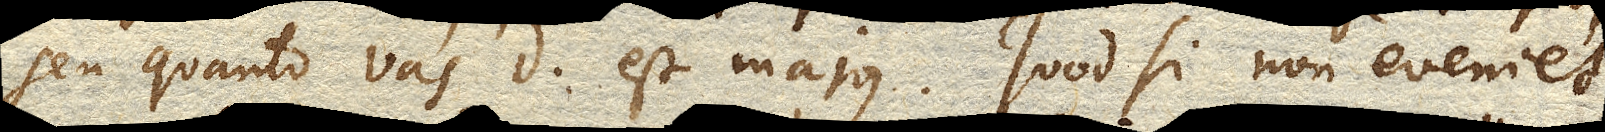
seu quanto vas D est majus. Quod si non eveniet,